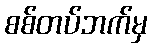
စစ်တပ်ဘက်မှ